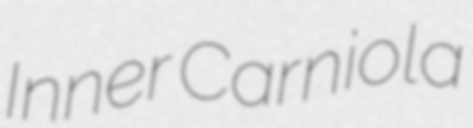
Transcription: Inner Carniola